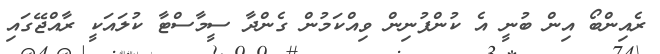
ރެއިންބޯ އިން ބުނީ އެ ކުންފުނިން ވިއްކަމުން ގެންދާ ސީމާސްޓާ ކުލައަކީ ރާއްޖޭގައި